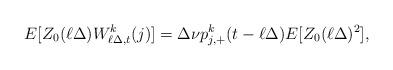
LaTeX: \begin{align*} E[Z_0(\ell\Delta) W^k_{\ell\Delta,t}(j)] = \Delta \nu p_{j,+}^k(t-\ell\Delta) E[Z_0(\ell\Delta)^2],\end{align*}